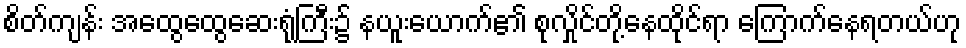
စိတ်ကျန်း အထွေထွေဆေးရုံကြီး၌ နယူးယောက်၏ စုလှိုင်တို့နေထိုင်ရာ ကြောက်နေရတယ်ဟု